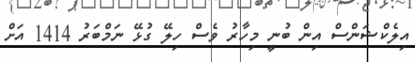
އިލެކްޝަންސް އިން ބުނީ މިހާރު ވެސް ހިލޭ ގުޅޭ ނަމްބަރު 1414 އަށް